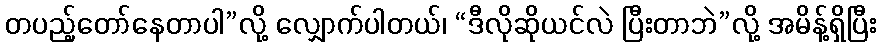
တပည့်တော်နေတာပါ”လို့ လျှောက်ပါတယ်၊ “ဒီလိုဆိုယင်လဲ ပြီးတာဘဲ”လို့ အမိန့်ရှိပြီး